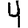
Digit: 4